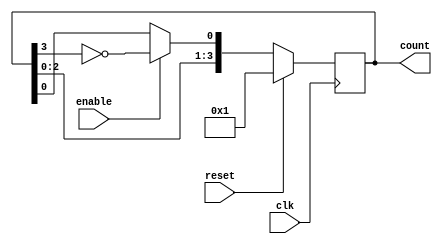
module johnson_counter_enable (
  input wire clk,
  input wire reset,
  input wire enable,
  output reg [3:0] count
);

reg [3:0] q, q_next;

always @(posedge clk) begin
  if (reset) begin
    q <= 4'd1;
  end else begin
    q <= q_next;
  end
end

always @(*) begin
  q_next[0] = enable ? ~q[3] : q[0];
  q_next[1] = q[0];
  q_next[2] = q[1];
  q_next[3] = q[2];
end

assign count = q;

endmodule